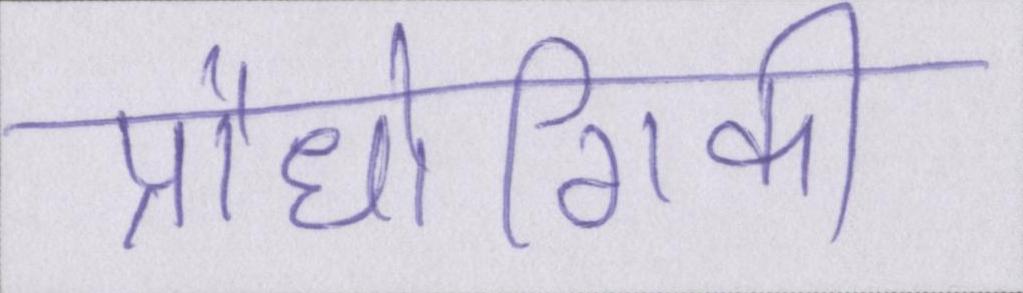
प्रौधोगिकी